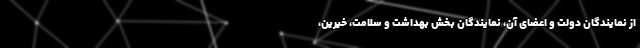
از نمایندگان دولت و اعضای آن، نمایندگان بخش بهداشت و سلامت، خیرین،